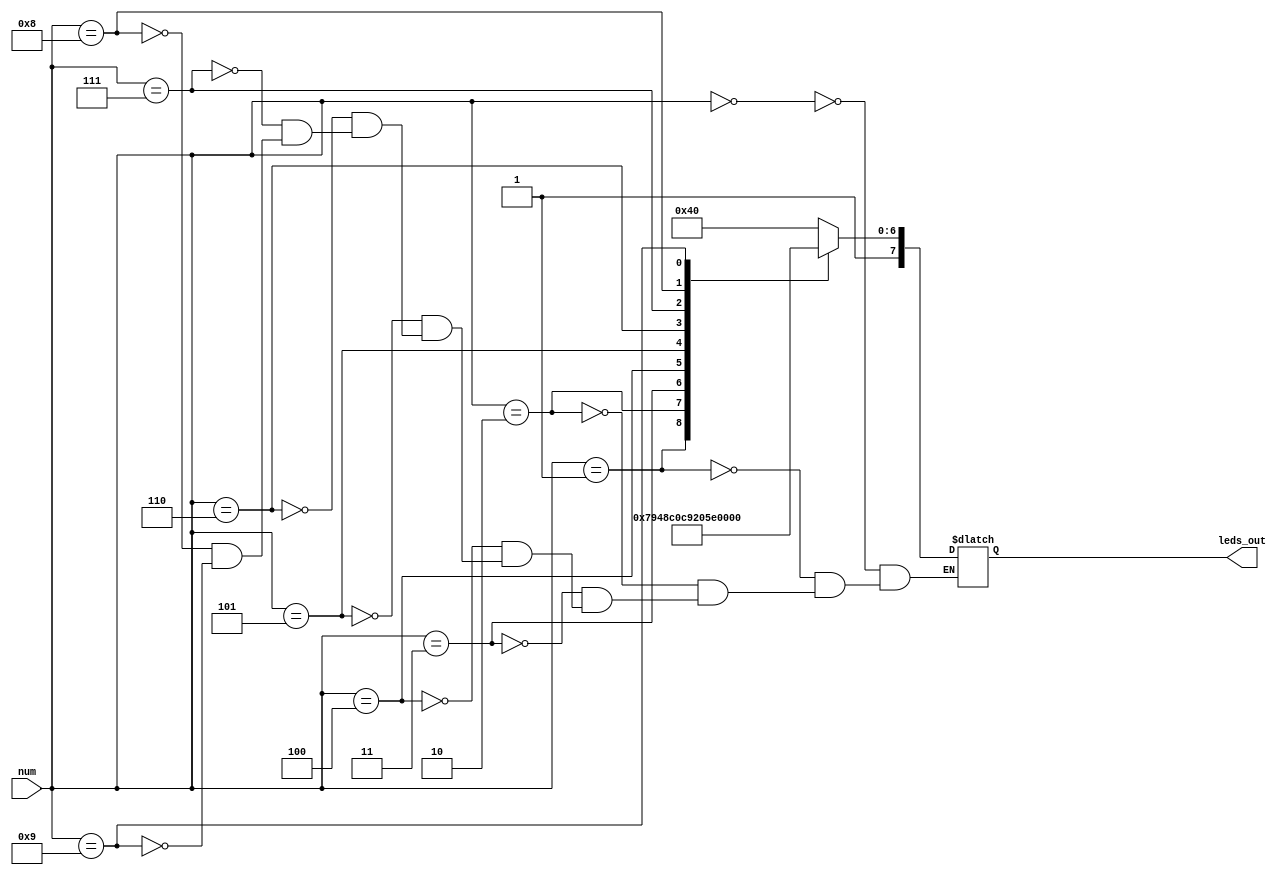
module display_seven_seg(input [3:0]num,
			 output [7:0]leds_out);
	
	reg [7:0] mem;

		always @(num) begin
		case(num) 
		    3'd0: mem = 8'hC0;    //display 0 - 8'b 1100 0000
		    3'd1: mem = 8'hF9;    //display 1 - 8'b 1111 1001
		    3'd2: mem = 8'hA4;    //display 2 - 8'b 1010 0100
		    3'd3: mem = 8'hB0;    //display 3 - 8'b 1011 0000
		    3'd4: mem = 8'h99;    //display 4 - 8'b 1001 1001
		    3'd5: mem = 8'h92;    //display 5 - 8'b 1001 0010
		    3'd6: mem = 8'h82;    //display 6 - 8'b 1000 0010
		    3'd7: mem = 8'hF8;    //display 7 - 8'b FFFF 1000
		    4'd8: mem = 8'h80;    //display 8 - 8'b 1000 0000
		    4'd9: mem = 8'h90;    //display 9 - 8'b 1001 0000
		endcase
	    	end
	
	assign leds_out = mem;

endmodule